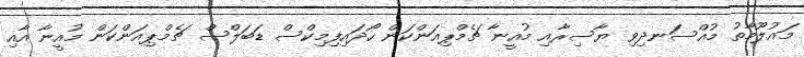
މައުލޫމާތު މުއްސަނދިވި ޔާސިރާއި މުއީނާ ޗެމްޕިއަންކަން ހޯދައިފިމިކްސް ޑަބަލްސް ޗެމްޕިއަންކަން މުއީނާ އާއި